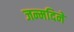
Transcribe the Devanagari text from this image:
जन्मदिने